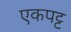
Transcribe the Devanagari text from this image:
एकपट्ट